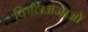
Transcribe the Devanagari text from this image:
किलिअजाओ